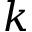
k